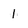
Character: 1